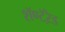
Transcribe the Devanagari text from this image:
शॅण्टॅऱेड